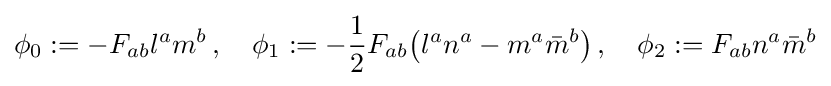
\phi _{0}:=-F_{ab}l^{a}m^{b}\,,\quad \phi _{1}:=-{\frac {1}{2}}F_{ab}{\big (}l^{a}n^{a}-m^{a}{\bar {m}}^{b}{\big )}\,,\quad \phi _{2}:=F_{ab}n^{a}{\bar {m}}^{b}